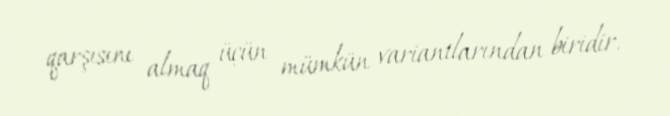
qarşısını almaq üçün mümkün variantlarından biridir.